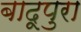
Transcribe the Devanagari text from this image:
बादूपुरा